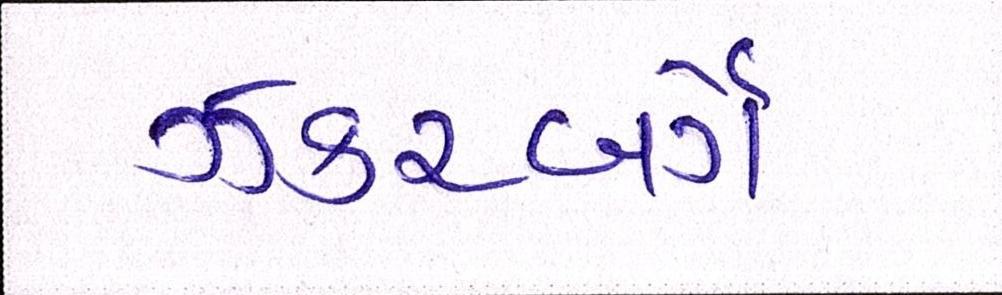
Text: ઝકરબર્ગે